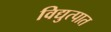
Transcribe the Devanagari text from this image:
विद्युत्पात